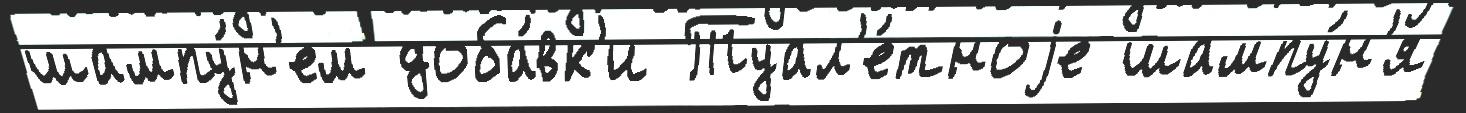
шампу́н'ем доба́вк'и Туал'е́тноjе шампу́н'я